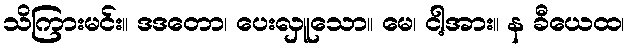
သိကြားမင်း။ ဒဒတော၊ ပေးလှူသော။ မေ၊ ငါ့အား။ န ခီယေထ၊